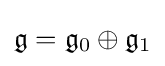
{\mathfrak {g}}={\mathfrak {g}}_{0}\oplus {\mathfrak {g}}_{1}